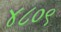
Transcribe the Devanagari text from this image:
४८०९